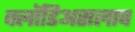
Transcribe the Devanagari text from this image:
क्लॉडिअसलाच